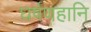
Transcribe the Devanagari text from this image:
घर्षणहानि